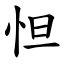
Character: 怛